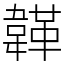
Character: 韚